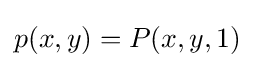
p(x,y)=P(x,y,1)